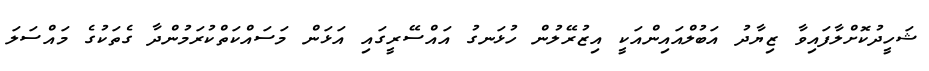
ޝަހީދުކޮށްލާފައިވާ ޒިޔާދު އަބުލްއައިންއަކީ އިޒުރޭލުން ހުޅަނގު އައްސޭރީގައި އަޅަން މަސައްކަތްކުރަމުންދާ ގެތަކުގެ މައްސަލަ